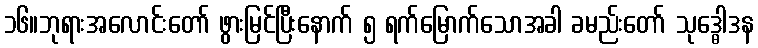
၁၆။ဘုရားအလောင်းတော် ဖွားမြင်ပြီးနောက် ၅ ရက်မြောက်သောအခါ ခမည်းတော် သုဒ္ဓေါဒန